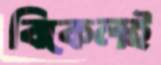
বিকেলই